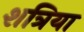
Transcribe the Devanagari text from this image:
शत्रिया